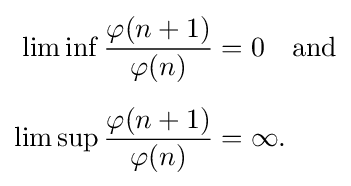
{\begin{aligned}\lim \inf {\frac {\varphi (n+1)}{\varphi (n)}}&=0\quad {\text{and}}\\[5px]\lim \sup {\frac {\varphi (n+1)}{\varphi (n)}}&=\infty .\end{aligned}}